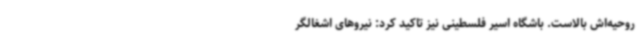
روحیه‌اش بالاست. باشگاه اسیر فلسطینی نیز تاکید کرد: نیروهای اشغالگر